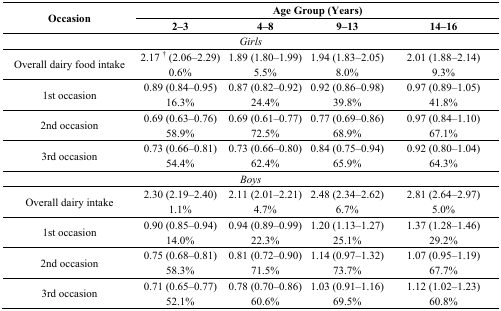
| <ROWSPAN=2> Occasion | <COLSPAN=4> Age Group (Years) |
 | 2–3 | 4–8 | 9–13 | 14–16 |
 | --- | --- | --- | --- | --- |
 | <COLSPAN=5> Girls |
 | Overall dairy food intake | 2.17 † (2.06–2.29) 0.6% | 1.89 (1.80–1.99) 5.5% | 1.94 (1.83–2.05) 8.0% | 2.01 (1.88–2.14) 9.3% |
 | 1st occasion | 0.89 (0.84–0.95) 16.3% | 0.87 (0.82–0.92) 24.4% | 0.92 (0.86–0.98) 39.8% | 0.97 (0.89–1.05) 41.8% |
 | 2nd occasion | 0.69 (0.63–0.76) 58.9% | 0.69 (0.61–0.77) 72.5% | 0.77 (0.69–0.86) 68.9% | 0.97 (0.84–1.10) 67.1% |
 | 3rd occasion | 0.73 (0.66–0.81) 54.4% | 0.73 (0.66–0.80) 62.4% | 0.84 (0.75–0.94) 65.9% | 0.92 (0.80–1.04) 64.3% |
 | <COLSPAN=5> Boys |
 | Overall dairy intake | 2.30 (2.19–2.40) 1.1% | 2.11 (2.01–2.21) 4.7% | 2.48 (2.34–2.62) 6.7% | 2.81 (2.64–2.97) 5.0% |
 | 1st occasion | 0.90 (0.85–0.94) 14.0% | 0.94 (0.89–0.99) 22.3% | 1.20 (1.13–1.27) 25.1% | 1.37 (1.28–1.46) 29.2% |
 | 2nd occasion | 0.75 (0.68–0.81) 58.3% | 0.81 (0.72–0.90) 71.5% | 1.14 (0.97–1.32) 73.7% | 1.07 (0.95–1.19) 67.7% |
 | 3rd occasion | 0.71 (0.65–0.77) 52.1% | 0.78 (0.70–0.86) 60.6% | 1.03 (0.91–1.16) 69.5% | 1.12 (1.02–1.23) 60.8% |